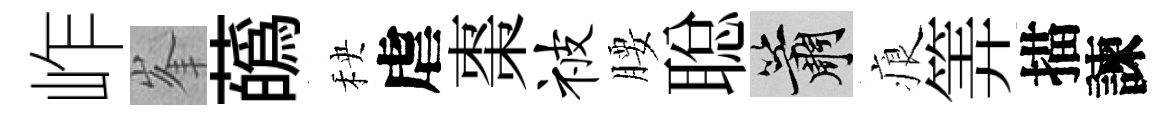
岞峯蘤秧虐棗被腰聪簫痕筭描諫